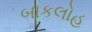
બાકલોહ